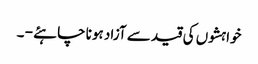
خواہشوں کی قید سے آزاد ہونا چاہئے - ۔